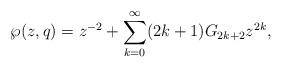
LaTeX: \begin{align*}\wp(z, q) = z^{-2} + \sum_{k=0}^\infty (2k+1) G_{2k+2} z^{2k},\end{align*}